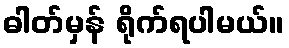
ဓါတ်မှန် ရိုက်ရပါမယ်။